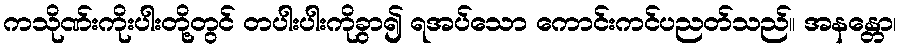
ကသိုဏ်းကိုးပါးတို့တွင် တပါးပါးကိုခွာ၍ ရအပ်သော ကောင်းကင်ပညတ်သည်။ အနန္တော၊